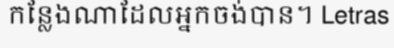
កន្លែងណាដែលអ្នកចង់បាន។ Letras